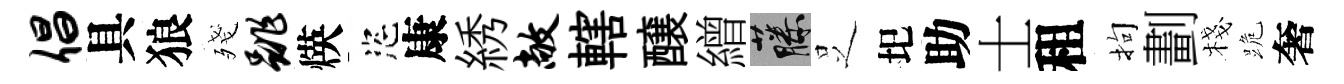
倡具狼殘跳煐恣康綉敞轄醸繒藤𠯁圯助士租拘劃棧跪奢